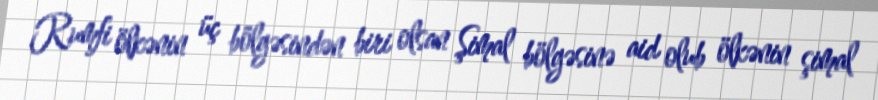
Rumfi ölkənin üç bölgəsindən biri olsan Şimal bölgəsinə aid olub ölkənin şimal